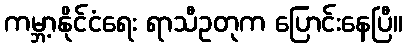
ကမ္ဘာ့နိုင်ငံရေး ရာသီဥတုက ပြောင်းနေပြီ။